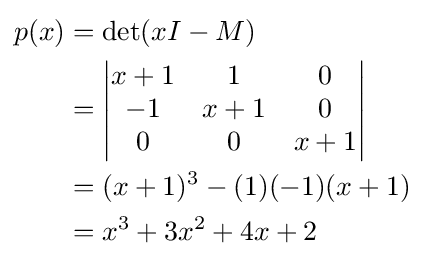
{\begin{aligned}p(x)&=\det(xI-M)\\&={\begin{vmatrix}x+1&1&0\\-1&x+1&0\\0&0&x+1\end{vmatrix}}\\&=(x+1)^{3}-(1)(-1)(x+1)\\&=x^{3}+3x^{2}+4x+2\end{aligned}}